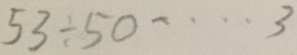
5 3 \div 5 0 \cdots 3